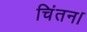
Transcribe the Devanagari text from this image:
चिंतन।